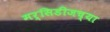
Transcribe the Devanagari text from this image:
मर्सिडीजच्या